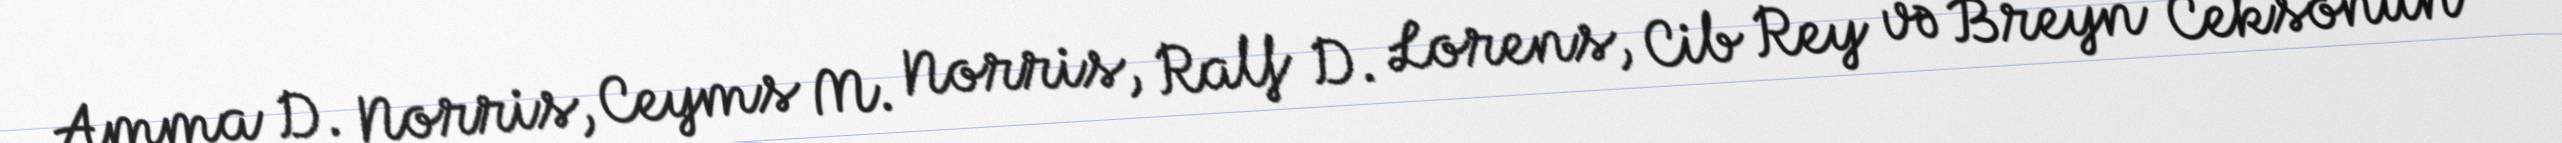
Amma D. Norris, Ceyms M. Norris, Ralf D. Lorens, Cib Rey və Breyn Ceksonun